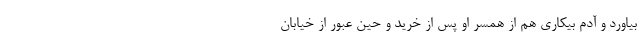
بیاورد و آدم بیکاری هم از همسر او پس از خرید و حین عبور از خیابان